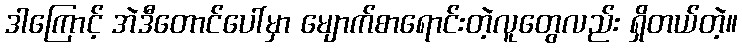
ဒါကြောင့် အဲဒီတောင်ပေါ်မှာ မျောက်စာရောင်းတဲ့လူတွေလည်း ရှိတယ်တဲ့။